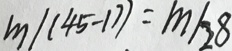
m \vert ( 4 5 - 1 7 ) = m \vert 2 8